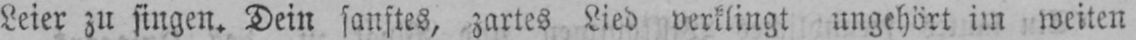
Leier zu singen. Dein sanftes, zartes Lied verklingt ungehört im weiten